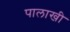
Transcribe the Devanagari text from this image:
पालाखी